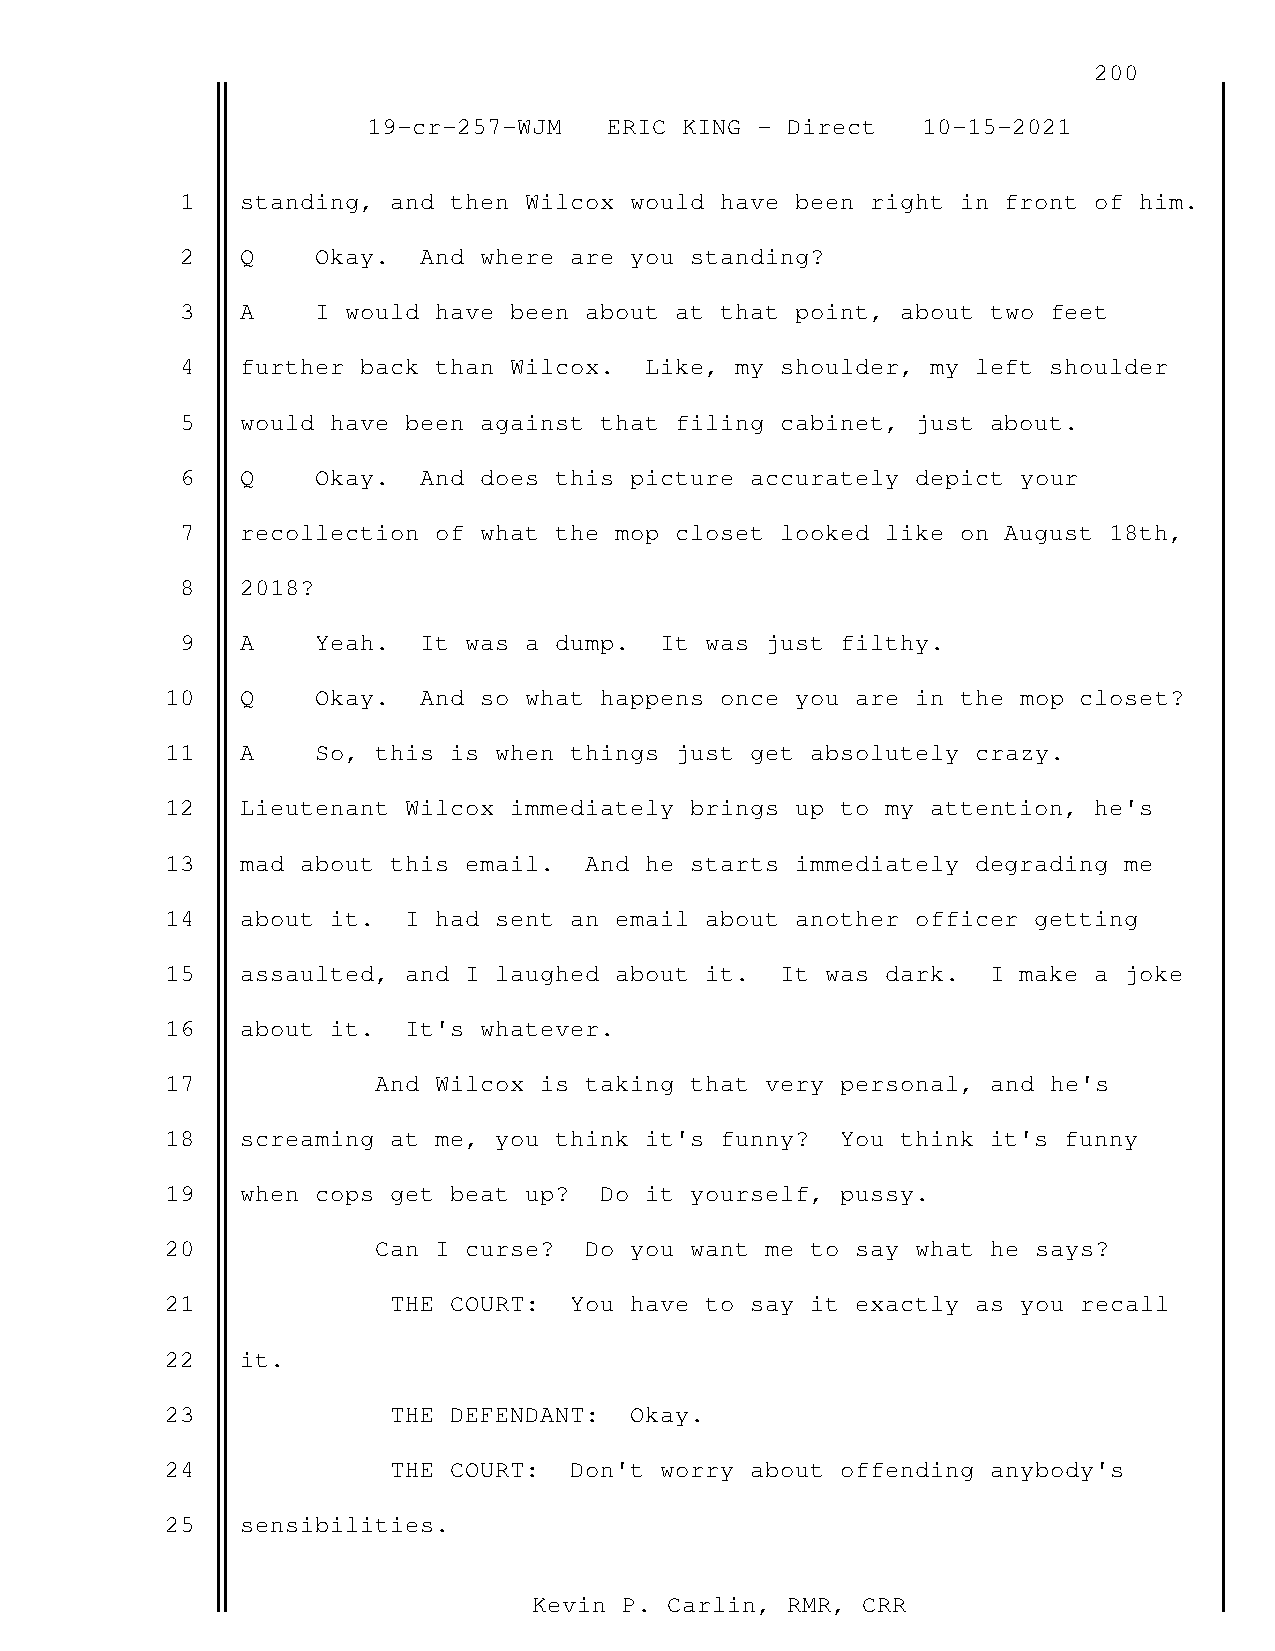
200
 19-cr-257-WJM   ERIC KING - Direct   10-15-2021
 1   standing, and then Wilcox would have been right in front of him.
 2   Q    Okay.  And where are you standing?
 3   A    I would have been about at that point, about two feet
 4   further back than Wilcox.  Like, my shoulder, my left shoulder
 5   would have been against that filing cabinet, just about.
 6   Q    Okay.  And does this picture accurately depict your
 7   recollection of what the mop closet looked like on August 18th,
 8   2018?
 9   A    Yeah.  It was a dump.  It was just filthy.
 10   Q    Okay.  And so what happens once you are in the mop closet?
 11   A    So, this is when things just get absolutely crazy.
 12   Lieutenant Wilcox immediately brings up to my attention, he's
 13   mad about this email.  And he starts immediately degrading me
 14   about it.  I had sent an email about another officer getting
 15   assaulted, and I laughed about it.  It was dark.  I make a joke
 16   about it.  It's whatever.
 17            And Wilcox is taking that very personal, and he's
 18   screaming at me, you think it's funny?  You think it's funny
 19   when cops get beat up?  Do it yourself, pussy.
 20            Can I curse?  Do you want me to say what he says?
 21             THE COURT:  You have to say it exactly as you recall
 22   it.
 23             THE DEFENDANT:  Okay.
 24             THE COURT:  Don't worry about offending anybody's
 25   sensibilities.
 Kevin P. Carlin, RMR, CRR